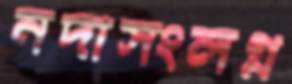
নদীসংলগ্ন